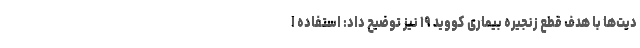
دیت‌ها با هدف قطع زنجیره بیماری کووید ۱۹ نیز توضیح داد: استفاده ا